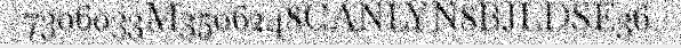
7306033M3506248CANLYN8BJLDSE36